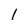
Character: 1